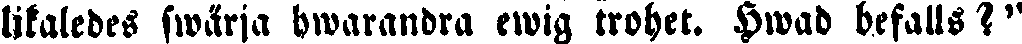
likaledes swärja hwarandra ewig trohet. Hwad befalls?''